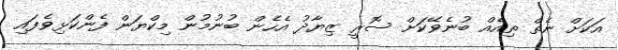
އަކަށް ނެތް ތިއެއް ބުނެވޭކަށް ސޮރީ ޒިޔާދު އެހެން ބުނުމުން މިކްޔަން ފެންކަޅިވެފައި